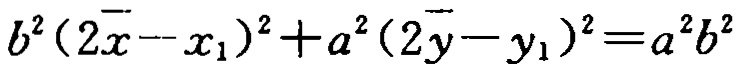
\(b^{2}(2\overline{x}-x_{1})^{2}+a^{2}(2\overline{y}-y_{1})^{2}=a^{2}b^{2}\)